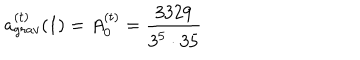
LaTeX: a _ { g r a v } ^ { ( t ) } ( 1 ) = A _ { 0 } ^ { ( t ) } = \frac { 3 3 2 9 } { 3 ^ { 5 } \cdot 3 5 }